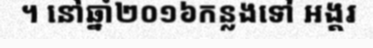
។ នៅឆ្នាំ២០១៦កន្លងទៅ អង្គរ